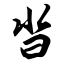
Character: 沓